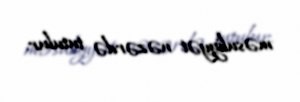
məsuliyyət nəzərdə tutulur.